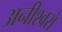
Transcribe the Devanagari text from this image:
अनीश्वरो